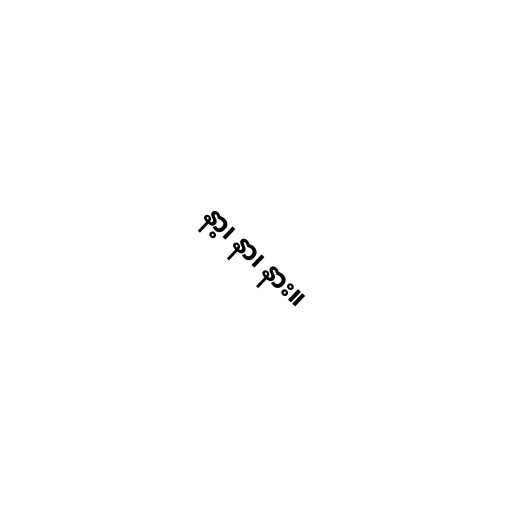
နာ့၊ နာ၊ နား။